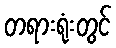
တရားရုံးတွင်